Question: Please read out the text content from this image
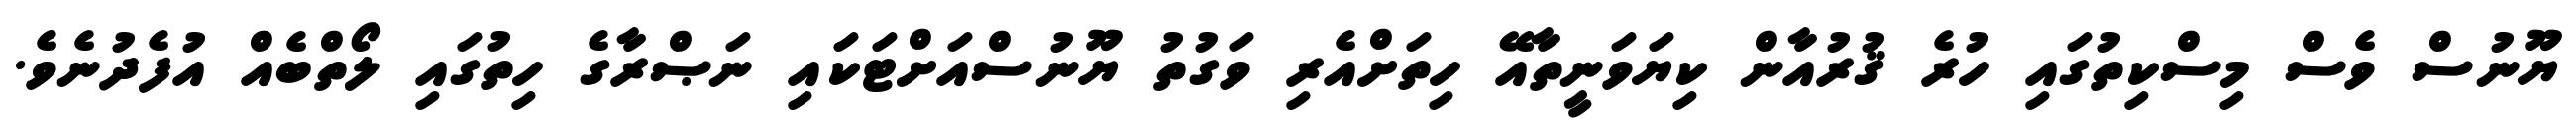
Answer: ޔޫނުސް ވެސް މިސްކިތުގައި ހުރެ ޤުރުއާން ކިޔަވަނީތާއޭ ހިތަށްއެރި ވަގުތު ޔޫނުސްއަށްޓަކައި ނަޞްރާގެ ހިތުގައި ލޯތްބެއް އުފެދުނެވެ.